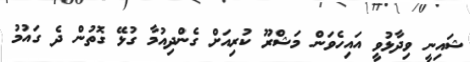
ޝައިނީ ވިދާޅުވީ އައިހެވަން މަޝްރޫ ކުރިއަށް ގެންދިއުމާ ގުޅޭ ގޮތުން ދެ ގައުމު